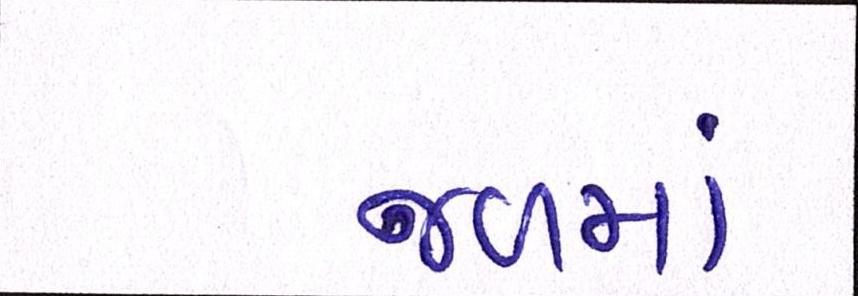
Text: જળમાં